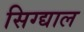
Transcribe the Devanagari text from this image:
सिग्द्याल